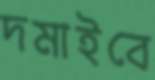
দমাইবে